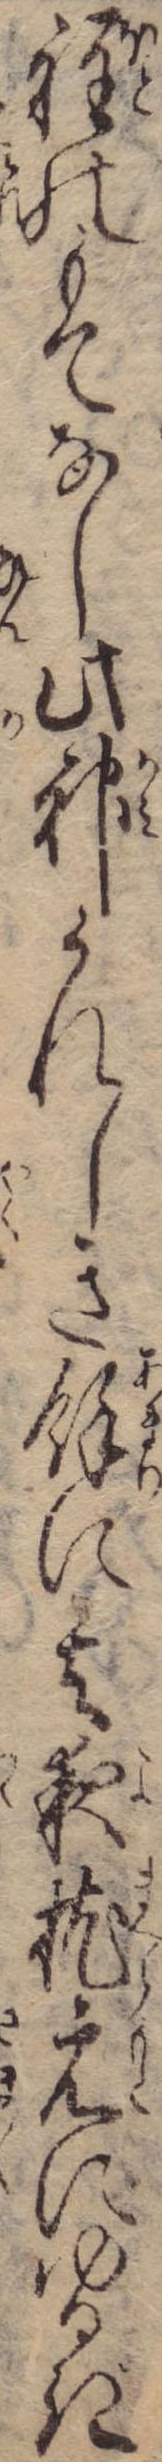
程のもてなし此神うれしき余に其夜枕元にゆるぎ